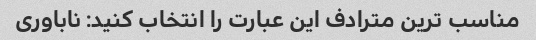
مناسب ترین مترادف این عبارت را انتخاب کنید: ناباوری